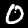
Digit: 0